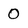
Character: 0